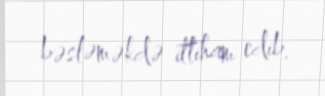
bəsləməkdə ittiham edib.